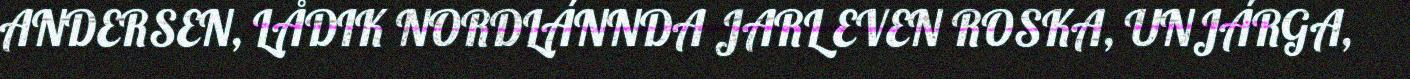
ANDERSEN, LÅDIK NORDLÁNNDA JARL EVEN ROSKA, UNJÁRGA,